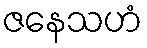
ဇနေသဟံ